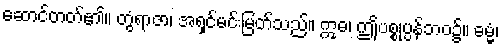
ဆောင်တတ်၏။ တွံရာဇာ၊ အရှင်မင်းမြတ်သည်။ ဣဓ၊ ဤပစ္စုပ္ပန်ဘဝ၌။ ဓမ္မံ၊